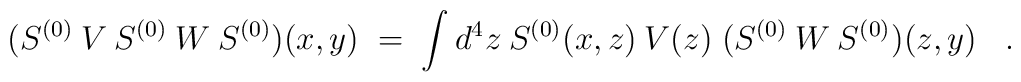
(S^{(0)} \:V\: S^{(0)} \:W\: S^{(0)})(x,y) \;=\; \int d^4z \: S^{(0)}(x,z) \: V(z)\; (S^{(0)}\:W\:S^{(0)})(z,y) \;\;\; .